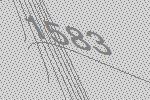
1583